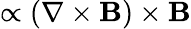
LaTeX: \propto(\nabla\times{\mathbf{B}})\times{\mathbf{B}}